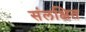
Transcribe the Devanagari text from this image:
संलक्षित